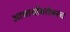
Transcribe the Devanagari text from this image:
आचार्यांबरोबरच